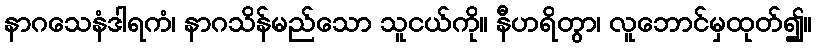
နာဂသေနံဒါရကံ၊ နာဂသိန်မည်သော သူငယ်ကို။ နီဟရိတွာ၊ လူဘောင်မှထုတ်၍။